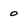
Character: 0